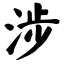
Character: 涉